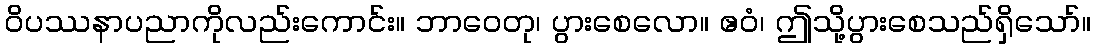
ဝိပဿနာပညာကိုလည်းကောင်း။ ဘာဝေတု၊ ပွားစေလော။ ဧဝံ၊ ဤသို့ပွားစေသည်ရှိသော်။